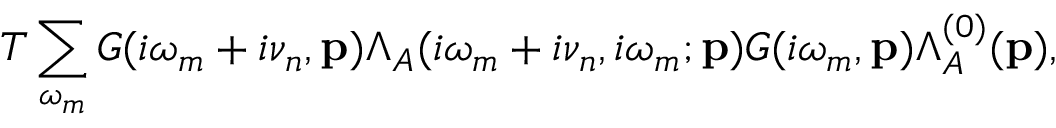
T \sum _ { \omega _ { m } } G ( i \omega _ { m } + i \nu _ { n } , { \mathbf p } ) \Lambda _ { A } ( i \omega _ { m } + i \nu _ { n } , i \omega _ { m } ; { \mathbf p } ) G ( i \omega _ { m } , { \mathbf p } ) \Lambda _ { A } ^ { ( 0 ) } ( { \mathbf p } ) ,